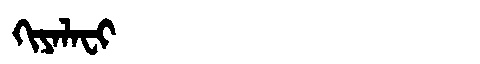
Manchu: ᡴᡳᠶᠠᠯᠠᠸᡳ
Romanization: KIYALAFI